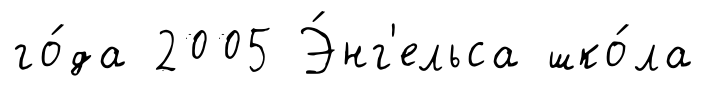
го́да 2005 Э́нг'ельса шко́ла